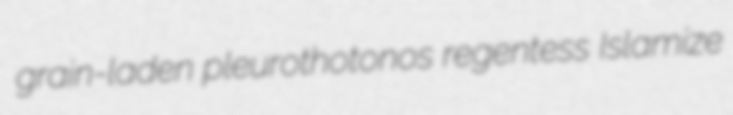
grain-laden pleurothotonos regentess Islamize